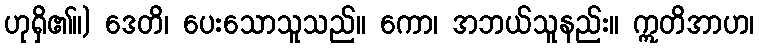
ဟုရှိ၏။) ဒေတိ၊ ပေးသောသူသည်။ ကော၊ အဘယ်သူနည်း။ ဣတိအာဟ၊